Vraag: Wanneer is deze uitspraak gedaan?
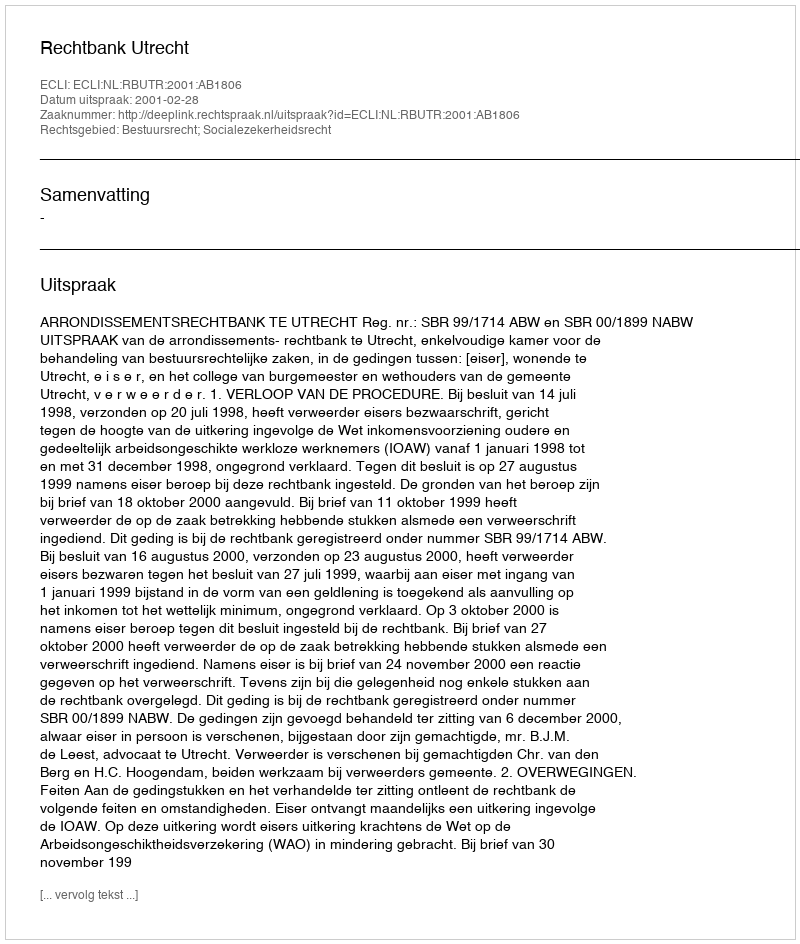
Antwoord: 2001-02-28